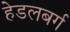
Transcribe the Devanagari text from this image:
हेडलबर्ग